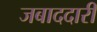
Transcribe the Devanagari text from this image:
जबाददारी